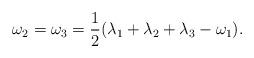
LaTeX: \begin{align*} \omega_2=\omega_3=\frac{1}{2} (\lambda_1 + \lambda_2 + \lambda_3- \omega_1). \end{align*}